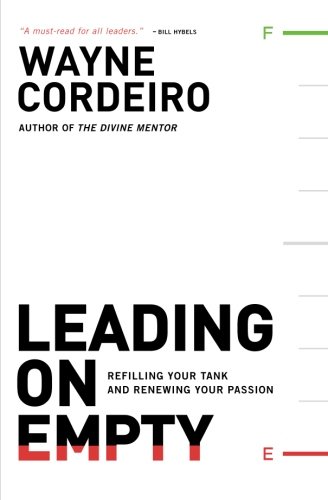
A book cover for Leading on Empty: Refilling Your Tank and Renewing Your Passion; Wayne Cordeiro; Christian Books & Bibles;